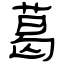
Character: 葛